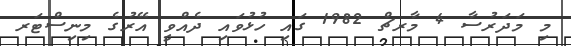
މި މަދަރުސާ 4 މާރޗް 1982 ގައި ހުޅުވައި ދެއްވީ އޭރުގެ މިނިސްޓަރ